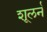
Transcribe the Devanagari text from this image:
शूलर्न